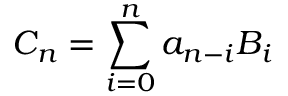
C _ { n } = \sum _ { i = 0 } ^ { n } a _ { n - i } B _ { i }